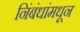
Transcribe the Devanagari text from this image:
निंबंधांमधून